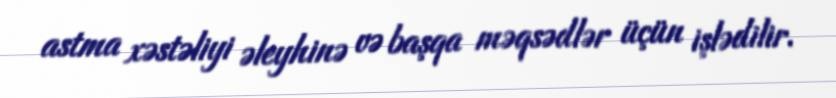
astma xəstəliyi əleyhinə və başqa məqsədlər üçün işlədilir.